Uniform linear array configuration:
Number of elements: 16
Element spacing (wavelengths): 1
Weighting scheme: exponential
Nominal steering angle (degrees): -45
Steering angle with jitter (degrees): -46.272
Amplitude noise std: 0.05
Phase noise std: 0.05

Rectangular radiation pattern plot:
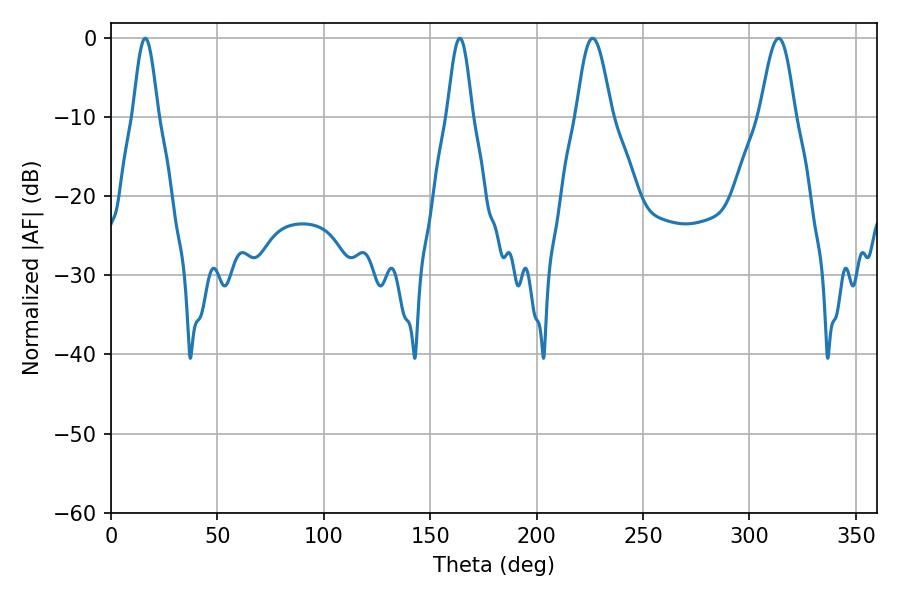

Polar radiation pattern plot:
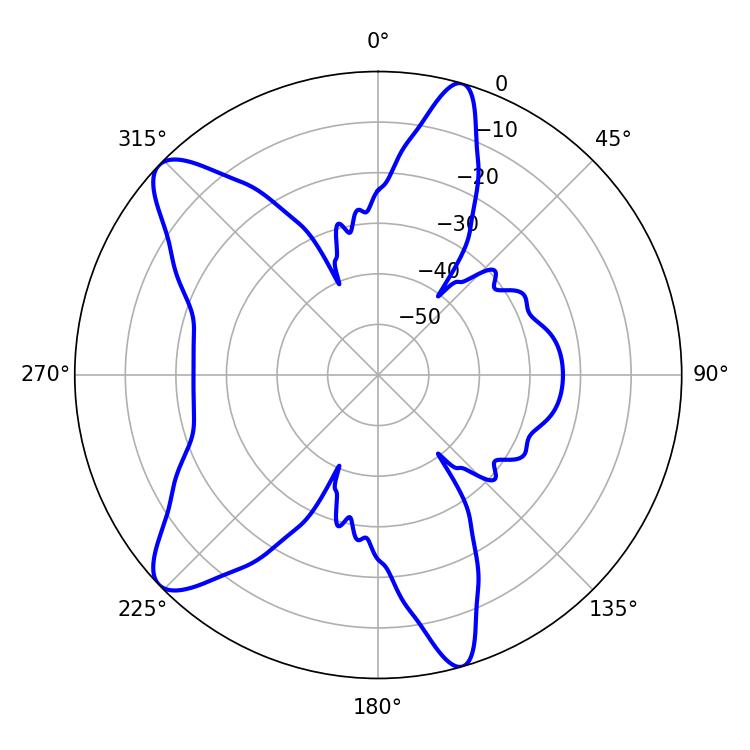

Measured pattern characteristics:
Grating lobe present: TRUE
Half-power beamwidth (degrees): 8.82
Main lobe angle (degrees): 226.26